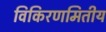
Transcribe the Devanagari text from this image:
विकिरणमितीय